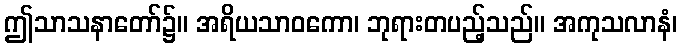
ဤသာသနာတော်၌။ အရိယသာဝကော၊ ဘုရားတပည့်သည်။ အကုသလာနံ၊